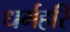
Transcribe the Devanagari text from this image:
धर्महरि